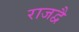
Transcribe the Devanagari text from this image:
राजद्वै